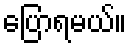
ပြောရမယ်။